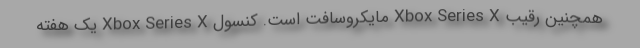
همچنین رقیب Xbox Series X مایکروسافت است. کنسول Xbox Series X یک هفته